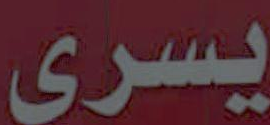
يسرى